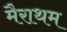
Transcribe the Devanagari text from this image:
मैराथम